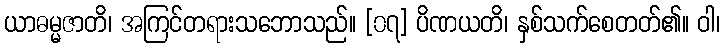
ယာဓမ္မဇာတိ၊ အကြင်တရားသဘောသည်။ [၀၇] ပိဏယတိ၊ နှစ်သက်စေတတ်၏။ ဝါ၊